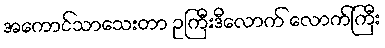
အကောင်သာသေးတာ ဥကြီးဒီလောက် လောက်ကြီး